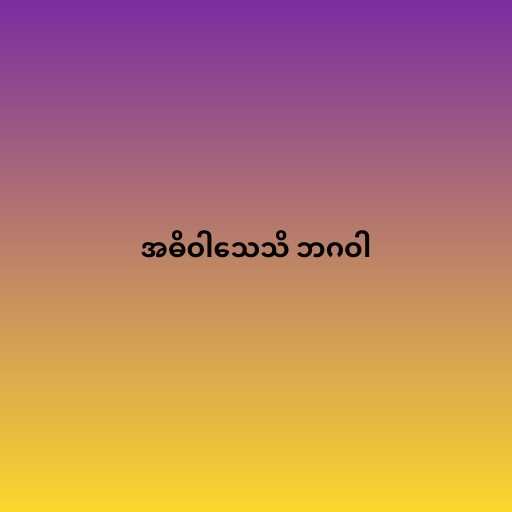
အဓိဝါသေသိ ဘဂဝါ